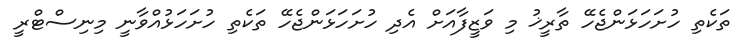
ތަކެތި ހުށަހަޅަންޖެހޭ ތާރީޚު މި ވަޒީފާއަށް އެދި ހުށަހަޅަންޖެހޭ ތަކެތި ހުށަހަޅުއްވާނީ މިނިސްޓްރީ